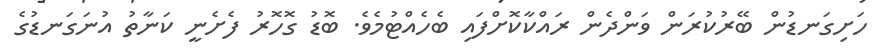
ހަށިގަނޑުން ބޭރުކުރަން ވަންދެން ރައްކާކޮށްފައި ބެހެއްޓުމެވެ. ބޮޑު ގޮހޮރު ފެށެނީ ކަނާތު އުނަގަނޑުގެ